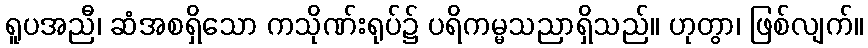
ရူပအညီ၊ ဆံအစရှိသော ကသိုဏ်းရုပ်၌ ပရိကမ္မသညာရှိသည်။ ဟုတွာ၊ ဖြစ်လျက်။